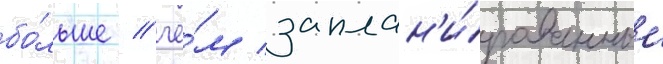
бо́льше / че́м заплан'и́рованные